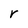
Character: r